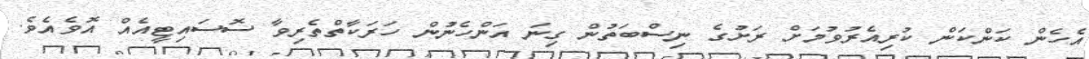
އެހެން ކަންކަން ކުރިއެރުވުމަށް ރަށުގެ ނިސްބަތުން ގިނަ އަންހެނުން ހަރަކާތްތެރިވާ ސޮސައިޓީއެއް އޮވެއެވެ.